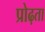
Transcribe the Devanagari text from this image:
प्रोढ़ता